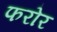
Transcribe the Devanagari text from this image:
फरोर